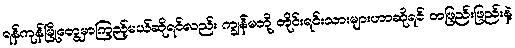
ရန်ကုန်မြို့တွေမှာကြည့်မယ်ဆိုရင်လည်း ကျွန်မတို့ တိုင်းရင်းသားများဟာဆိုရင် တဖြည်းဖြည်းနဲ့